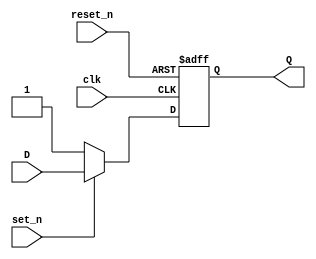
`timescale 1ns / 1ps
//////////////////////////////////////////////////////////////////////////////////
// Company: 
// Engineer: 
// 
// Design Name: 
// Module Name: D_FF_set_reset
// Project Name: 
// Target Devices: 
// Tool Versions: 
// Description: 
// 
// Dependencies: 
// 
// Revision:
// Revision 0.01 - File Created
// Additional Comments:
// 
//////////////////////////////////////////////////////////////////////////////////


module D_FF_set_reset(
    input clk,
    input D,
    input reset_n, //asynchronous (regardless of the clock)
    input set_n,  //synchronous clear (based on the clock)
    output Q
    );
 
    reg Q_reg, Q_next;
    
    always@(negedge clk,  negedge reset_n) //asynchronous reset
    begin
        Q_reg <= Q_reg; 
        if (!reset_n) //if reset_n is not asserted
            Q_reg <= 1'b0; //set Q_reg to 0
        else
            Q_reg <= Q_next;
    end
    
    always@(D, set_n) //synchronous reset (only does it if active edge comes in)
    begin
        Q_next = Q_reg;
        if(!set_n)
            Q_next = 1'b1;
        else    
            Q_next = D;    
    end
    
    assign Q = Q_reg;
        
endmodule